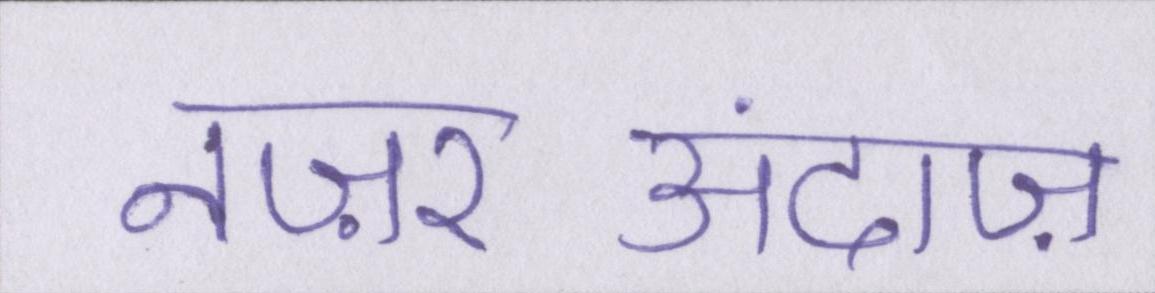
नज़रअंदाज़